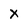
Character: x